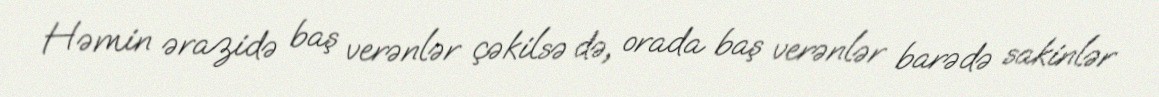
Həmin ərazidə baş verənlər çəkilsə də, orada baş verənlər barədə sakinlər